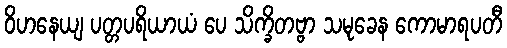
ဝိဟနေယျ ပတ္တပရိယာယံ ပေ သိက္ခိတဗ္ဗာ သမုခေန ကောမာရပတီ